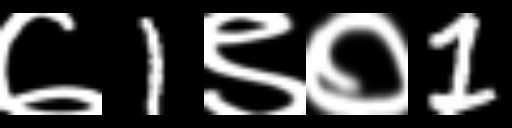
Text: ७1९०1